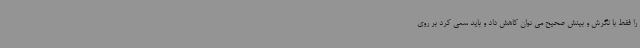
را فقط با نگرش و بینش صحیح می توان کاهش داد و باید سعی کرد بر روی